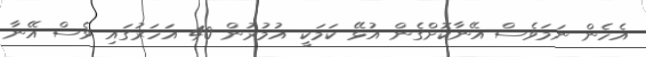
އެހެން ނަމަވެސް އޭނާކޮށްގެން އުޅޭ ކަމަކީ އުމުރުން 40 އަހަރުގައި ވެސް އޭނާ